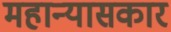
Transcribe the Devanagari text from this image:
महान्यासकार